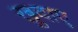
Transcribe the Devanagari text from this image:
खुदाए